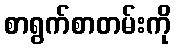
စာရွက်စာတမ်းကို